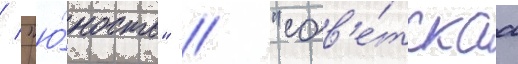
/ "ю́ность" / "сов'е́тскаа